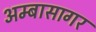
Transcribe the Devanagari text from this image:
अम्बासागर